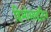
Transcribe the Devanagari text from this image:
हिमोसाइटिन